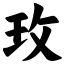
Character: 玫